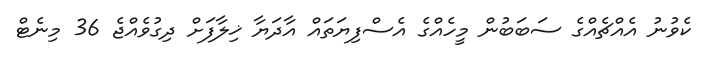
ކެވުނު އެއްޗެއްގެ ސަބަބުން މީހެއްގެ އެސްފިޔަތައް އާދަޔާ ޚިލާފަށް ދިގުވެއްޖެ 36 މިނެޓް